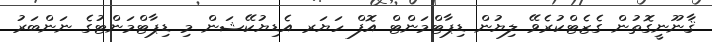
ޤާނޫނީގޮތުން ގެޒެޓްކުރެވޭ ލިޔުން ޑިޕާޓްމަންޓް އޮފް ހަޔަރ އެޑިޔުކޭޝަން މި ޑިޕާޓްމަންޓުގެ ނަންބަރު